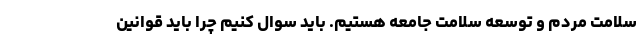
سلامت مردم و توسعه سلامت جامعه هستیم. باید سوال کنیم چرا باید قوانین